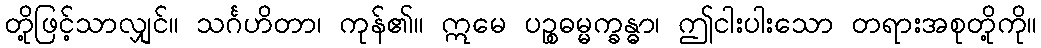
တို့ဖြင့်သာလျှင်။ သင်္ဂဟိတာ၊ ကုန်၏။ ဣမေ ပဉ္စဓမ္မက္ခန္ဓာ၊ ဤငါးပါးသော တရားအစုတို့ကို။